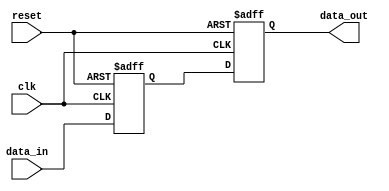
module positive_edge_behavior (
    input wire clk,         // Clock input
    input wire reset,       // Reset input
    input wire [3:0] data_in, // 4-bit input data
    output reg [3:0] data_out // 4-bit output data
);

// Internal state variable
reg [3:0] state;

// Always block sensitive to the positive edge of clk and the reset signal
always @(posedge clk or posedge reset) begin
    if (reset) begin
        // Initialization logic: reset state and output to known values
        state <= 4'b0000; // Reset state
        data_out <= 4'b0000; // Reset output
    end else begin
        // State updates: Update state and output based on input conditions
        state <= data_in; // Store input data into state
        data_out <= state; // Update output with current state
    end
end

endmodule